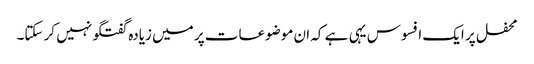
محفل پر ایک افسوس یہی ہے کہ ان موضوعات پر میں زیادہ گفتگو نہیں کر سکتا۔